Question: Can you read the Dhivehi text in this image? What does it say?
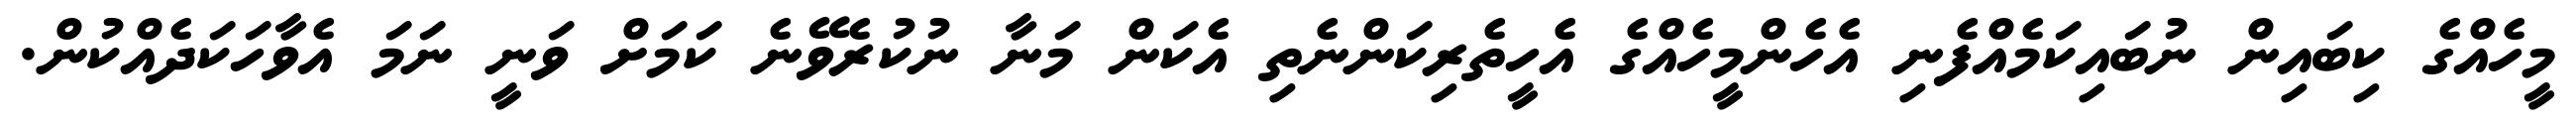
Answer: މީހެއްގެ ކިބައިން ނުބައިކަމެއްފެނި އެހެންމީހެއްގެ އެހީތެރިކަންނެތި އެކަން މަނާ ނުކުރެވޭނެ ކަމަށް ވަނީ ނަމަ އެވާހަކަދެއްކުން.